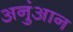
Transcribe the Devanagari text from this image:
अनुंआन